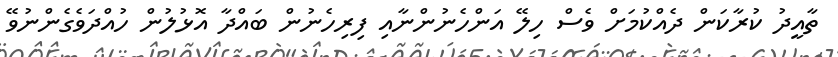
ތާއީދު ކުރާކަން ދެއްކުމަށް ވެސް ހިލޭ އަންހެނުންނާއި ފިރިހެނުން ބައްދާ އޮޅުލުން ހުއްދަވެގެންނުވޭ